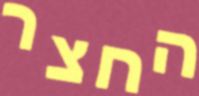
החצר